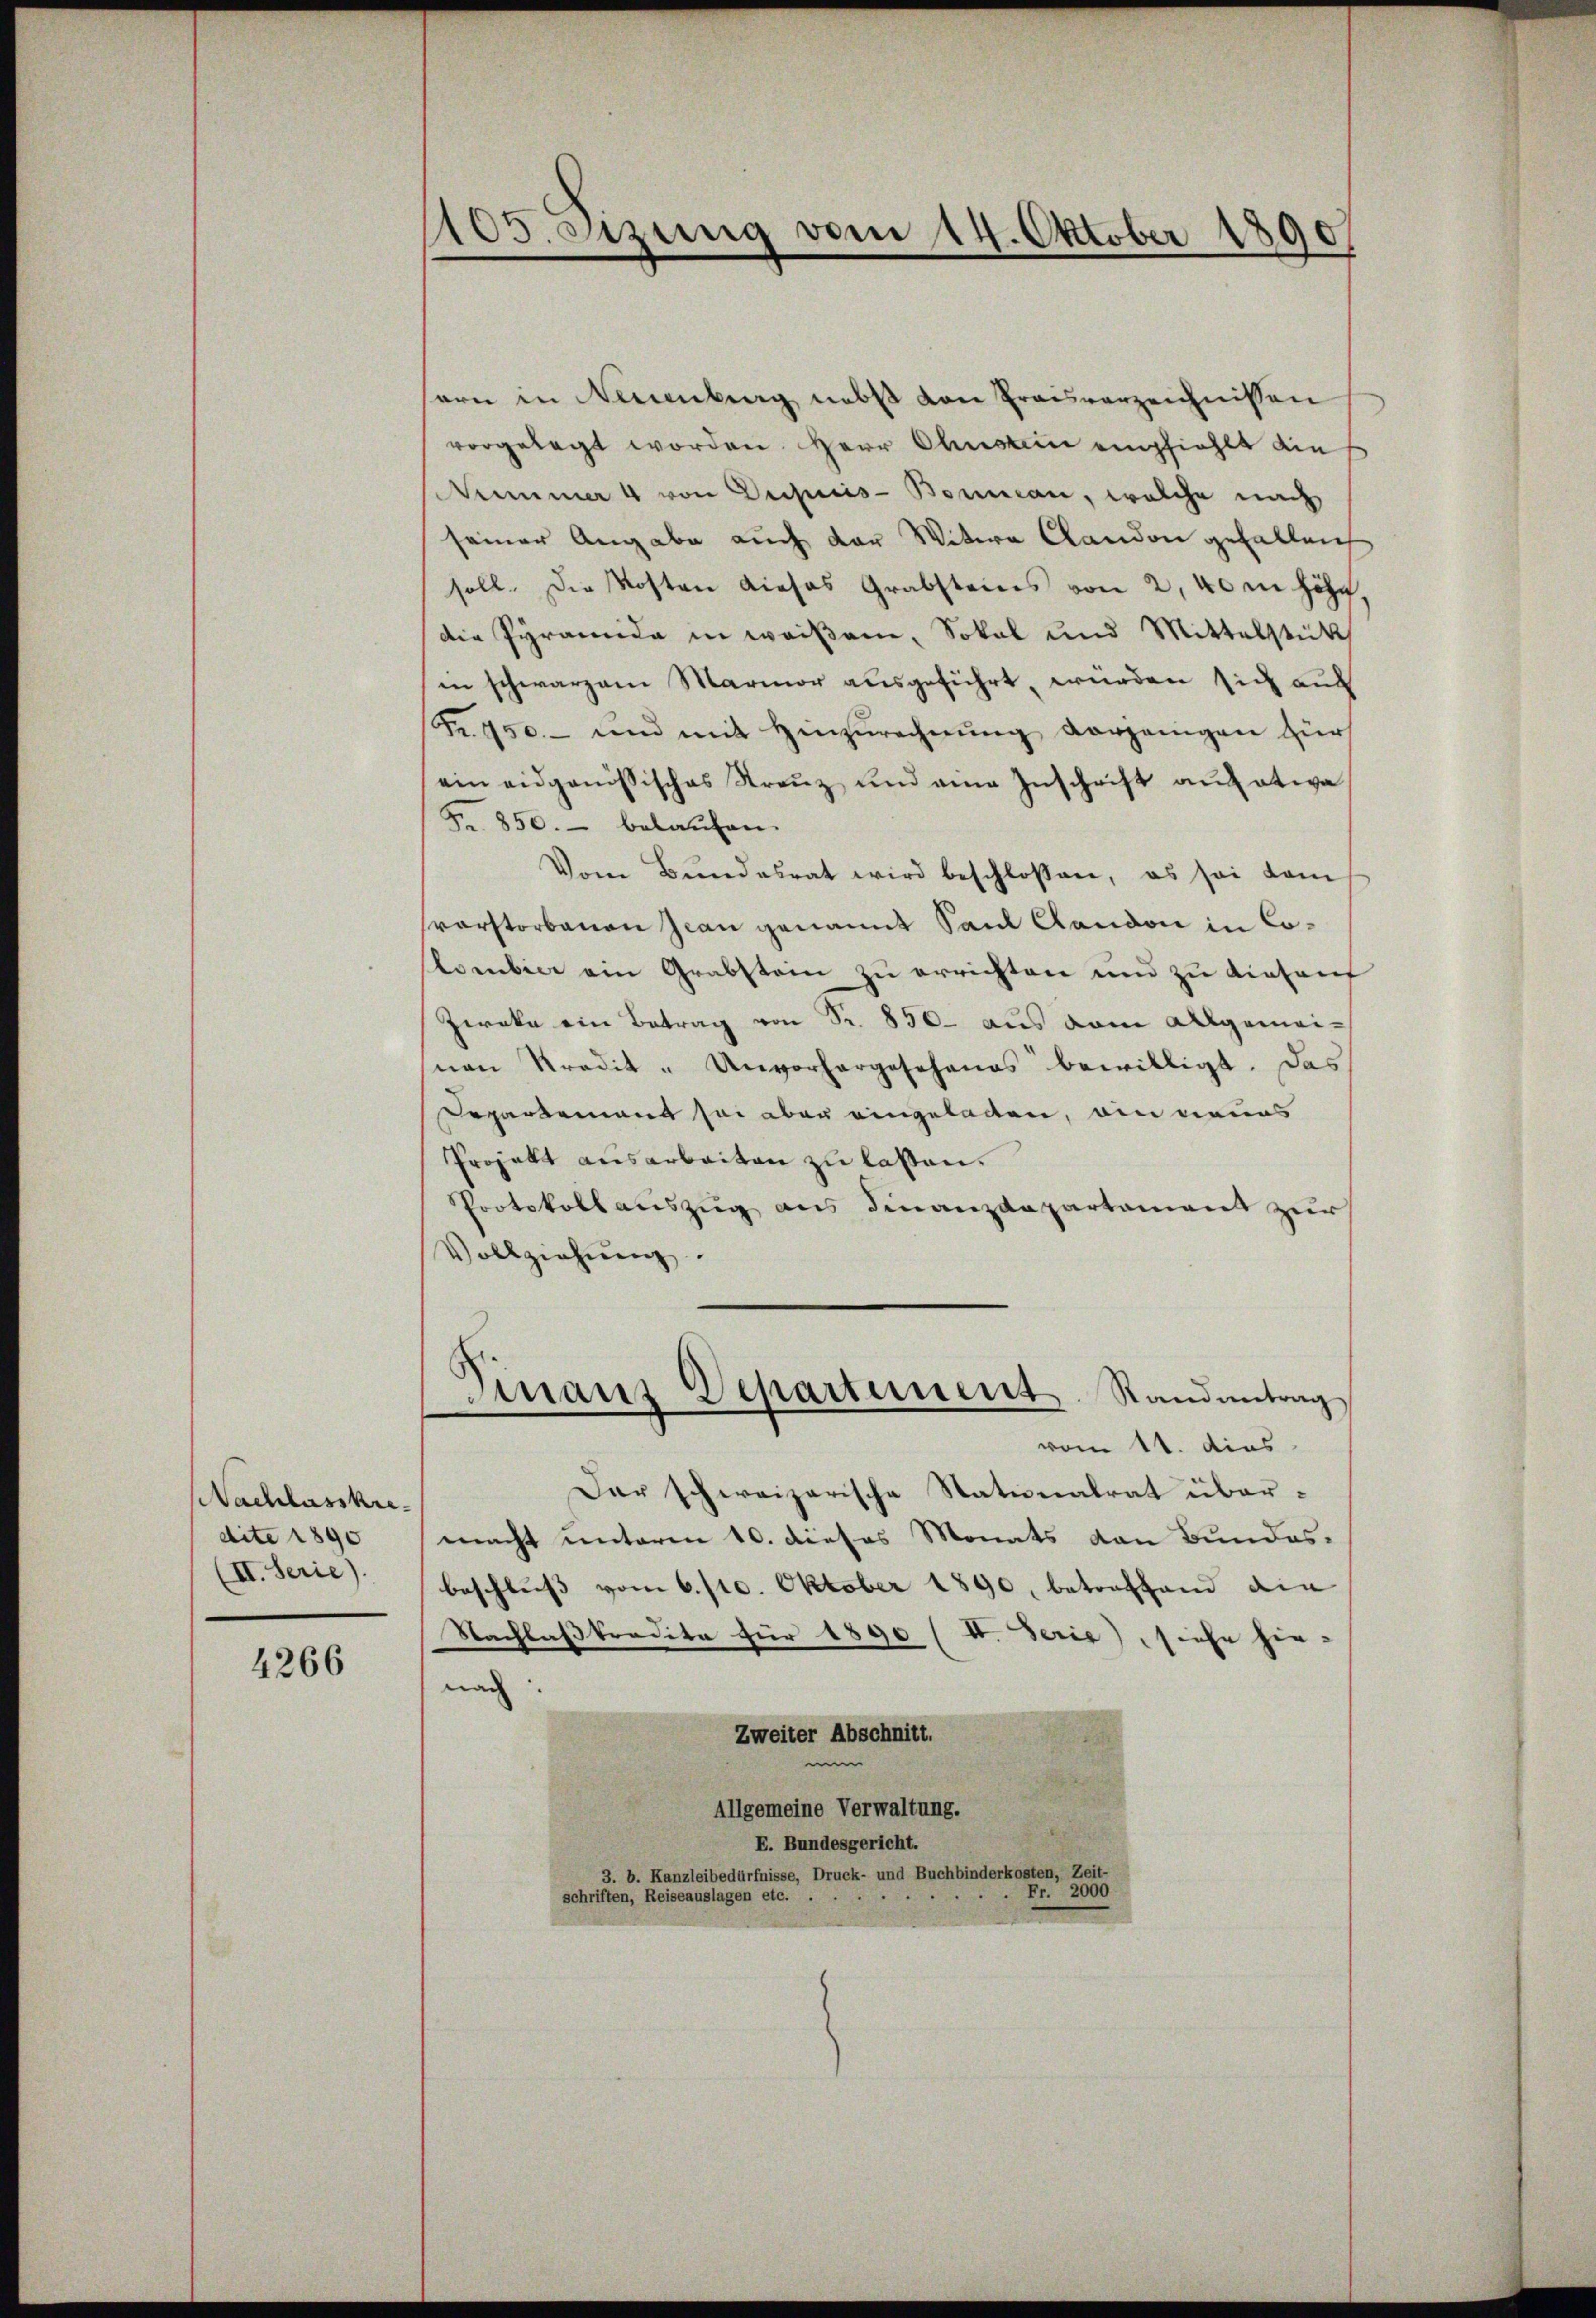
Nachlasskredite 1890
(II. Serie).

4266

105. Szung vom 14. Oktober 1890

arn in Neuenburg nebst von Preisverzeichnissen
vorgelegt worden Herr Obstein empfiehlt dies
Nummer 4 von Dechis-Bomian, welche nach
seiner Angabe auch der Witwe Clandon gefallen
soll. Die Kosten dieses Grabsteins von 2, 40 m Höhe,
die Pyramida in weißene, Sokal und Mittelstück
in schwarzem Marmor ausgeführt, wurden sich auch
Fr. 750.- und mit Hinzurechnŭng vorzeigen für
ein eidgenössisches Streŭz und eine Inschrift aŭf etwa
Fr. 850. belaufen.
Vom Bundesrat wird beschlossen, es sei dam
vorstorbenen Jean genannt Sand Gandon in Colombier ein Grabstein zu errichten und zu diesent
Zweke ein Betrag von Fr. 850 aus dem allgemeisnen Kredit - Unvorhergeschanes bewilligt. Das
Departement sei aber eingeleiten, ein neues
Projekt ausarbeiten zu lassen.
Protokoll auszug aus Finanzdepartament zur
Vollziehung.
Finanz Departement. Randantrag
vom 11. dies
Dar schweizerische Stationalrat übermacht unterm 10. dieses Monats von Bundes-
beschluss vom 6./10. Oktober 1890, betreffend die
Nachlaßkredita für 1890 (I. Serie, siehe hie-
nach
Zweiter Abschnitt.
Allgemeine Verwaltung.
E. Bundesgericht.
3. b. Kanzleibedürfnisse, Druck- und Buchbinderkosten, Zeit-
Fr. 2000
schriften, Reiseauslagen etc.